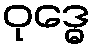
ဝုဒ္ဓေ